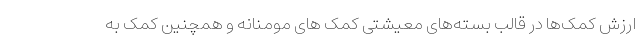
ارزش کمک‌ها در قالب بسته‌های معیشتی کمک های مومنانه و همچنین کمک به